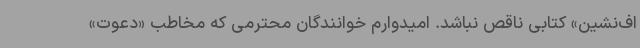
اف‌نشین» کتابی ناقص نباشد. امیدوارم خوانندگان محترمی که مخاطب «دعوت»